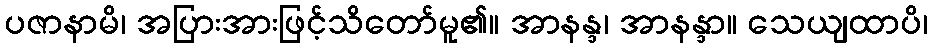
ပဇာနာမိ၊ အပြားအားဖြင့်သိတော်မူ၏။ အာနန္ဒ၊ အာနန္ဒာ။ သေယျထာပိ၊